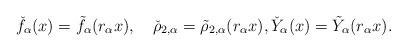
LaTeX: \begin{align*}\check{f}_\alpha(x)=\tilde{f}_\alpha(r_\alpha x), \quad\check{\rho}_{2,\alpha}=\tilde{\rho}_{2,\alpha}(r_\alpha x),\check{Y}_\alpha(x)=\tilde{Y}_\alpha(r_\alpha x).\end{align*}